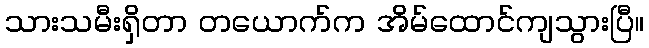
သားသမီးရှိတာ တယောက်က အိမ်ထောင်ကျသွားပြီ။